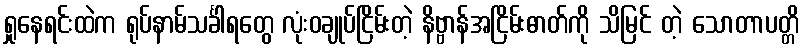
ရှုနေရင်းထဲက ရုပ်နာမ်သင်္ခါရတွေ လုံးဝချုပ်ငြိမ်းတဲ့ နိဗ္ဗာန်အငြိမ်းဓာတ်ကို သိမြင် တဲ့ သောတာပတ္တိ